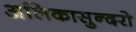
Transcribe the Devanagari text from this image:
अलिकासुन्दरो